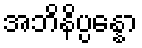
အဘိနိပ္ပန္နော